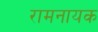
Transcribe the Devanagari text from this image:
रामनायक